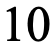
10